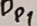
Text: Dp1